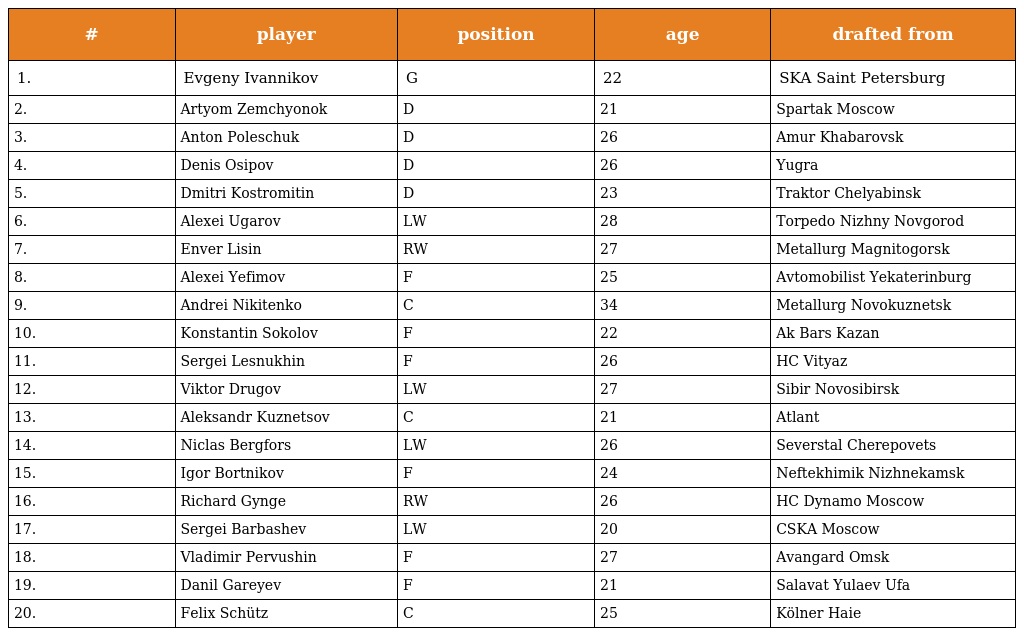
| # | player | position | age | drafted from |
 | --- | --- | --- | --- | --- |
 | 1. | Evgeny Ivannikov | G | 22 | SKA Saint Petersburg |
 | 2. | Artyom Zemchyonok | D | 21 | Spartak Moscow |
 | 3. | Anton Poleschuk | D | 26 | Amur Khabarovsk |
 | 4. | Denis Osipov | D | 26 | Yugra |
 | 5. | Dmitri Kostromitin | D | 23 | Traktor Chelyabinsk |
 | 6. | Alexei Ugarov | LW | 28 | Torpedo Nizhny Novgorod |
 | 7. | Enver Lisin | RW | 27 | Metallurg Magnitogorsk |
 | 8. | Alexei Yefimov | F | 25 | Avtomobilist Yekaterinburg |
 | 9. | Andrei Nikitenko | C | 34 | Metallurg Novokuznetsk |
 | 10. | Konstantin Sokolov | F | 22 | Ak Bars Kazan |
 | 11. | Sergei Lesnukhin | F | 26 | HC Vityaz |
 | 12. | Viktor Drugov | LW | 27 | Sibir Novosibirsk |
 | 13. | Aleksandr Kuznetsov | C | 21 | Atlant |
 | 14. | Niclas Bergfors | LW | 26 | Severstal Cherepovets |
 | 15. | Igor Bortnikov | F | 24 | Neftekhimik Nizhnekamsk |
 | 16. | Richard Gynge | RW | 26 | HC Dynamo Moscow |
 | 17. | Sergei Barbashev | LW | 20 | CSKA Moscow |
 | 18. | Vladimir Pervushin | F | 27 | Avangard Omsk |
 | 19. | Danil Gareyev | F | 21 | Salavat Yulaev Ufa |
 | 20. | Felix Schütz | C | 25 | Kölner Haie |